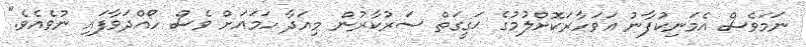
ނަމަވެސް އެމަނިކުފާނު އަވަހާރަކޮށްލުމުގެ ޙަގީގަތް ސަރުކާރުން މިއަދާ ހަމައަށް ވެސް ހޯއްދަވާފައި ނުވެއެވެ."